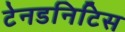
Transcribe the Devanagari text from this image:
टेनडनिटिस